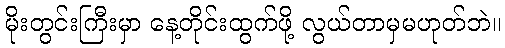
မိုးတွင်းကြီးမှာ နေ့တိုင်းထွက်ဖို့ လွယ်တာမှမဟုတ်ဘဲ။